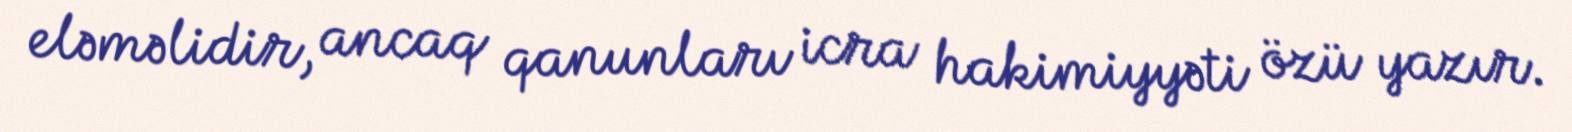
eləməlidir, ancaq qanunları icra hakimiyyəti özü yazır.